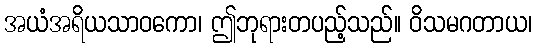
အယံအရိယသာဝကော၊ ဤဘုရားတပည့်သည်။ ဝိသမဂတာယ၊